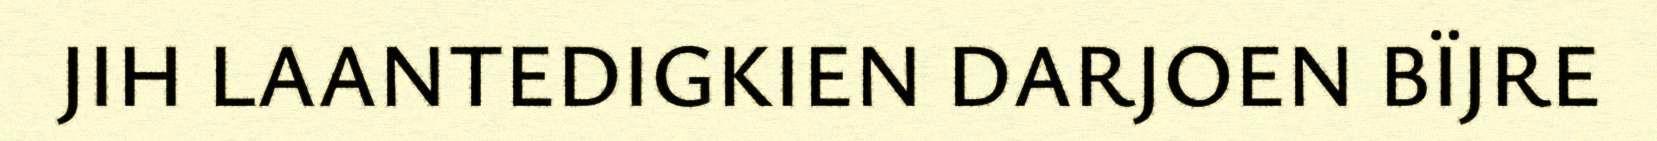
JIH LAANTEDIGKIEN DARJOEN BÏJRE